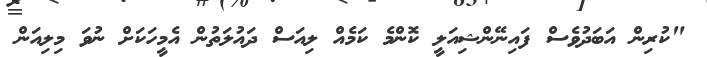
"ކުރިން އަބަދުވެސް ފައިނޭންޝިއަލީ ކޮންމެ ކަމެއް ލިއަސް ދައުލަތުން އެމީހަކަށް ނުވަ މިލިއަން